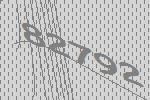
82792